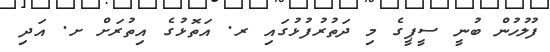
ފުލުހުން ބުނީ ސީޕީގެ މި ދަތުރުފުޅުގައި ރ. އަތޮޅުގެ އިތުރަށް ށ. އަދި